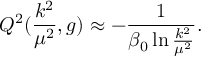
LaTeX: Q ^ { 2 } ( \frac { k ^ { 2 } } { { \mu } ^ { 2 } } , g ) \approx - \frac { 1 } { { \beta } _ { 0 } \ln { \frac { k ^ { 2 } } { { \mu } ^ { 2 } } } } .